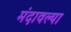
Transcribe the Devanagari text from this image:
मंदावल्या